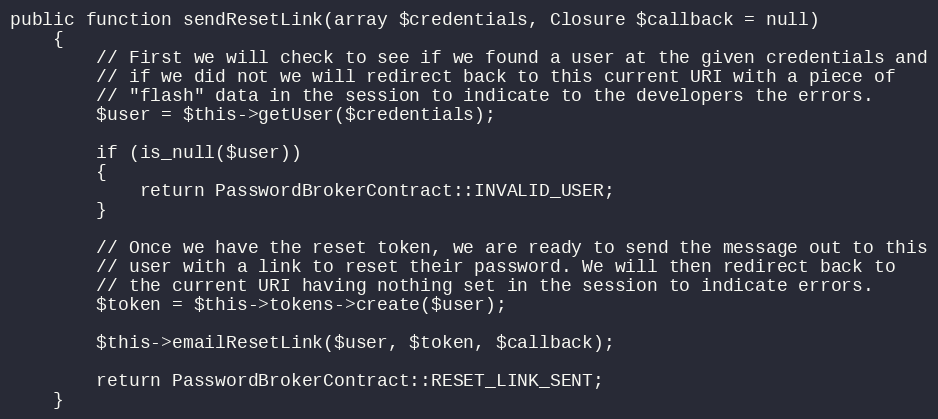
Language: PHP
public function sendResetLink(array $credentials, Closure $callback = null)
	{
		// First we will check to see if we found a user at the given credentials and
		// if we did not we will redirect back to this current URI with a piece of
		// "flash" data in the session to indicate to the developers the errors.
		$user = $this->getUser($credentials);

		if (is_null($user))
		{
			return PasswordBrokerContract::INVALID_USER;
		}

		// Once we have the reset token, we are ready to send the message out to this
		// user with a link to reset their password. We will then redirect back to
		// the current URI having nothing set in the session to indicate errors.
		$token = $this->tokens->create($user);

		$this->emailResetLink($user, $token, $callback);

		return PasswordBrokerContract::RESET_LINK_SENT;
	}